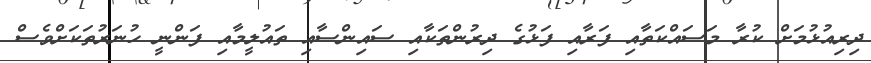
ދިރިއުޅުމަށް ކުރާ މަސައްކަތާއި ފަރާއި ފަޅުގެ ދިރުންތަކާއި ސައިންސާއި ތައުލީމާއި ފަންނީ ހުނަރުތަކަށްވެސް